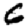
Digit: 6